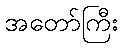
အတော်ကြီး